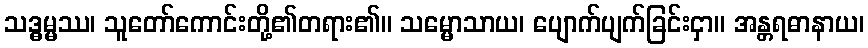
သဒ္ဓမ္မဿ၊ သူတော်ကောင်းတို့၏တရား၏။ သမ္မောသာယ၊ ပျောက်ပျက်ခြင်းငှာ။ အန္တရဓာနာယ၊